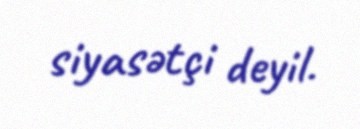
siyasətçi deyil.